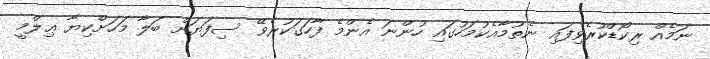
ނަމެއް ރިކޯޑްކުރެވިފައި ނެތުމާއެކުމަހުގައި ހުންނަ އެންމެ ފާހަގަކުރެވޭ ސިފަޔަށް ބަލާ މަހަށްކިޔާ ޢިލްމީ